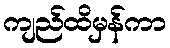
ကျည်ထိမှန်ကာ